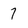
Character: 7